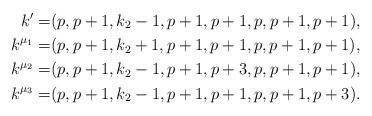
LaTeX: \begin{align*}k'=&(p,p+1,k_2-1,p+1,p+1,p,p+1,p+1), \\k^{\mu_1}=&(p,p+1,k_2+1,p+1,p+1,p,p+1,p+1), \\k^{\mu_2}=&(p,p+1,k_2-1,p+1,p+3,p,p+1,p+1), \\k^{\mu_3}=&(p,p+1,k_2-1,p+1,p+1,p,p+1,p+3). \end{align*}